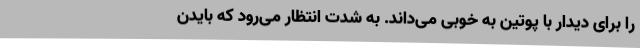
را برای دیدار با پوتین به خوبی می‌داند. به شدت انتظار می‌رود که بایدن